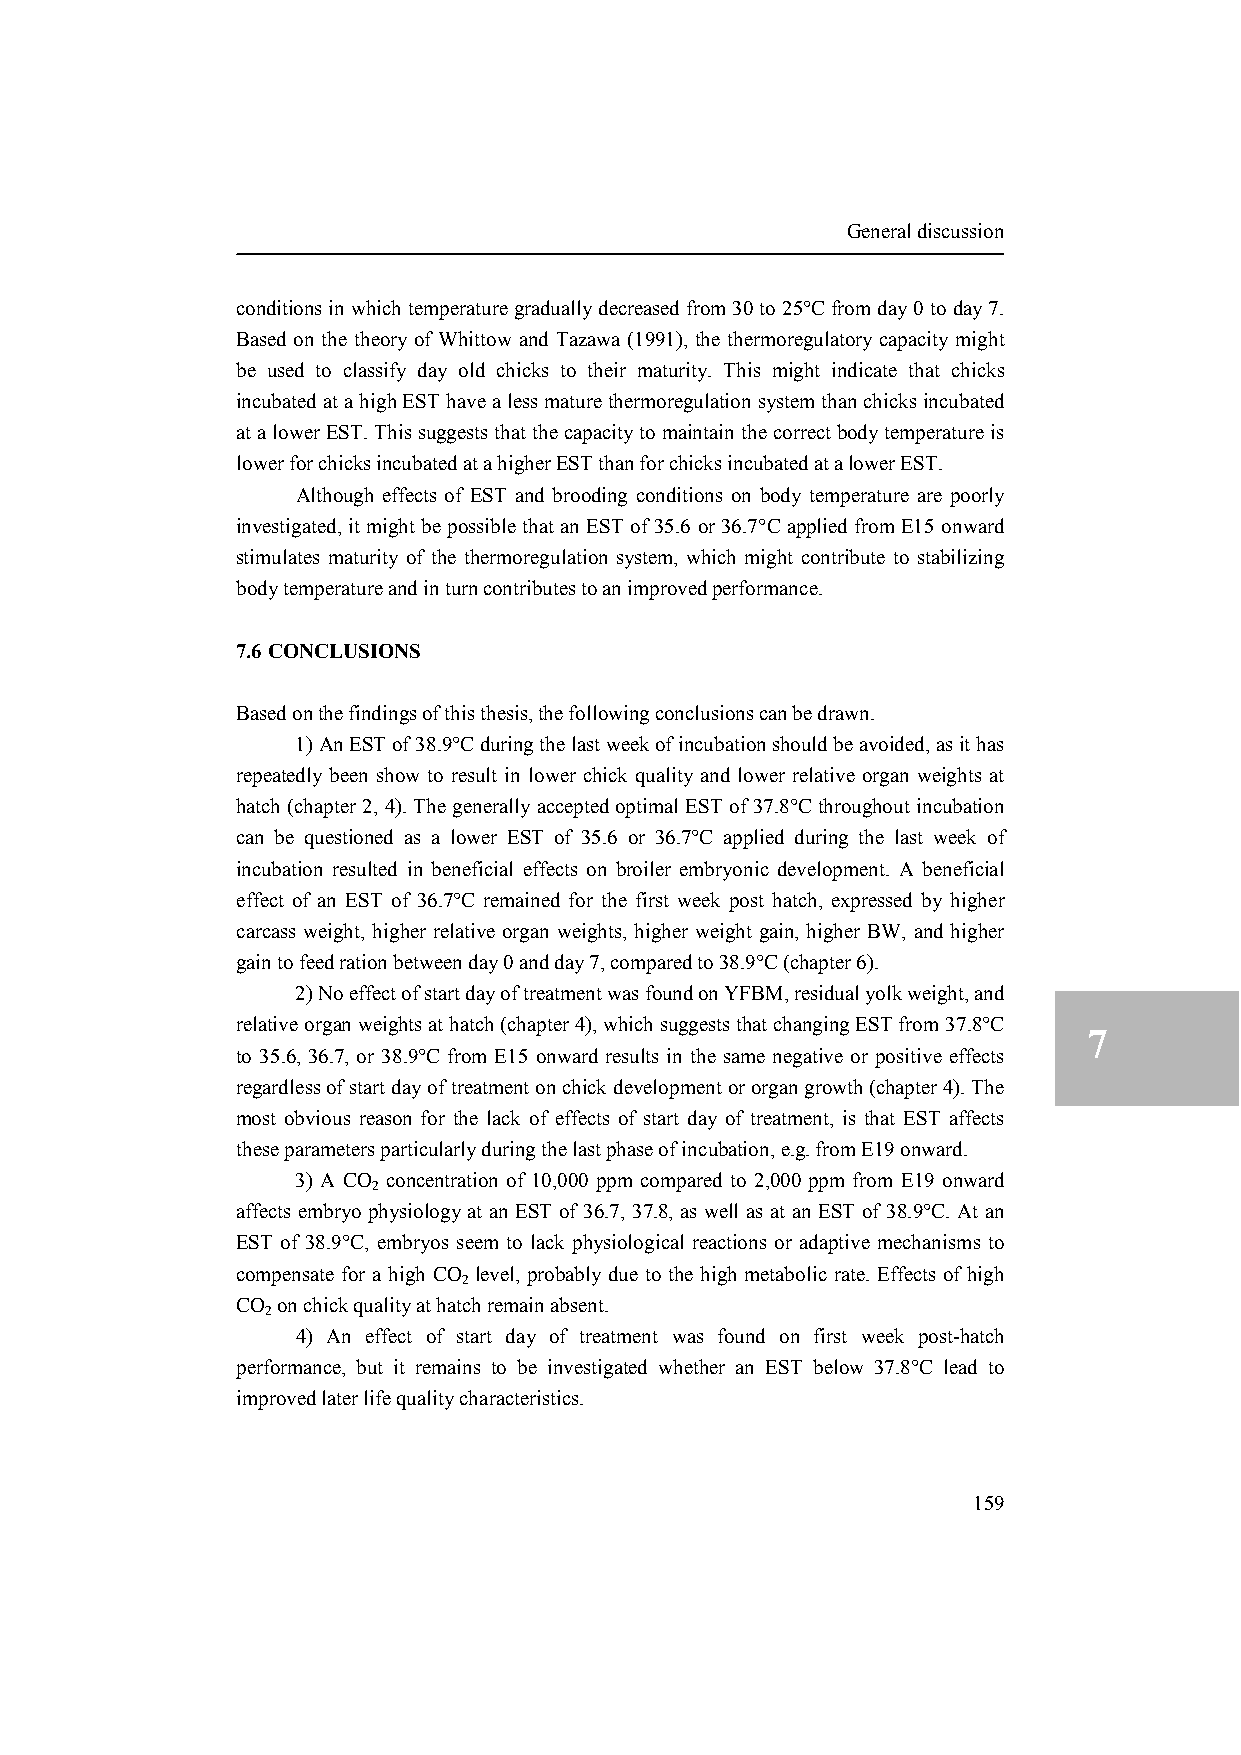
General discussion
 conditions in which temperature gradually decreased from 30 to 25°C from day 0 to day 7.
 Based on the theory of Whittow and Tazawa (1991), the thermoregulatory capacity might
 be used to classify day old chicks to their maturity. This might indicate that chicks
 incubated at a high EST have a less mature thermoregulation system than chicks incubated
 at a lower EST. This suggests that the capacity to maintain the correct body temperature is
 lower for chicks incubated at a higher EST than for chicks incubated at a lower EST.
 Although effects of EST and brooding conditions on body temperature are poorly
 investigated, it might be possible that an EST of 35.6 or 36.7°C applied from E15 onward
 stimulates maturity of the thermoregulation system, which might contribute to stabilizing
 body temperature and in turn contributes to an improved performance.
 7.6 CONCLUSIONS
 Based on the findings of this thesis, the following conclusions can be drawn.
 1) An EST of 38.9°C during the last week of incubation should be avoided, as it has
 repeatedly been show to result in lower chick quality and lower relative organ weights at
 hatch (chapter 2, 4). The generally accepted optimal EST of 37.8°C throughout incubation
 can be questioned as a lower EST of 35.6 or 36.7°C applied during the last week of
 incubation resulted in beneficial effects on broiler embryonic development. A beneficial
 effect of an EST of 36.7°C remained for the first week post hatch, expressed by higher
 carcass weight, higher relative organ weights, higher weight gain, higher BW, and higher
 gain to feed ration between day 0 and day 7, compared to 38.9°C (chapter 6).
 2) No effect of start day of treatment was found on YFBM, residual yolk weight, and
 relative organ weights at hatch (chapter 4), which suggests that changing EST from 37.8°C
 7
 to 35.6, 36.7, or 38.9°C from E15 onward results in the same negative or positive effects
 regardless of start day of treatment on chick development or organ growth (chapter 4). The
 most obvious reason for the lack of effects of start day of treatment, is that EST affects
 these parameters particularly during the last phase of incubation, e.g. from E19 onward.
 3) A CO concentration of 10,000 ppm compared to 2,000 ppm from E19 onward
 2
 affects embryo physiology at an EST of 36.7, 37.8, as well as at an EST of 38.9°C. At an
 EST of 38.9°C, embryos seem to lack physiological reactions or adaptive mechanisms to
 compensate for a high CO level, probably due to the high metabolic rate. Effects of high
 2
 CO on chick quality at hatch remain absent.
 2
 4) An effect of start day of treatment was found on first week post-hatch
 performance, but it remains to be investigated whether an EST below 37.8°C lead to
 improved later life quality characteristics.
 159